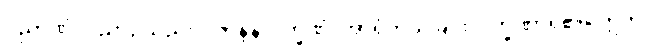
ဝိညာဏံ၊ ဝိညာဉ်သည်။ ဝိဇာနနလက္ခဏံ၊ အာရုံကိုသိခြင်းလက္ခဏာရှိ၏။ ဣတိ၊